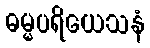
ဓမ္မပရိယေသနံ